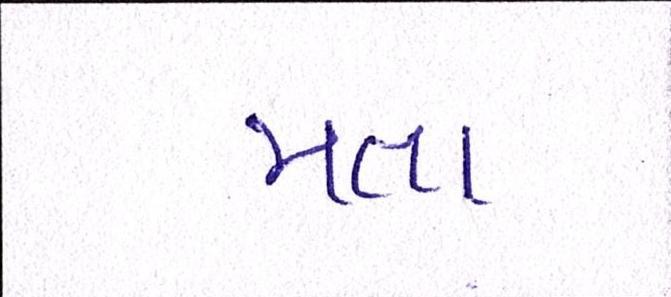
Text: મતા